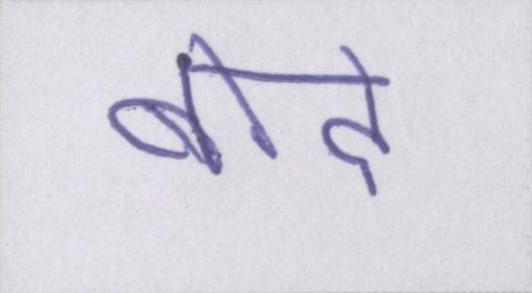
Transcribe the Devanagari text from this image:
बोदे